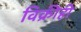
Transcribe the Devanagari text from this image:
विक्रीही